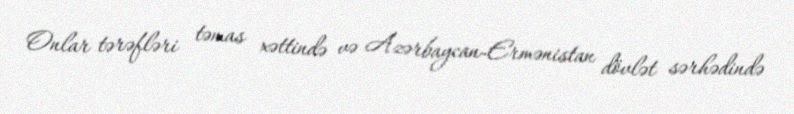
Onlar tərəfləri təmas xəttində və Azərbaycan-Ermənistan dövlət sərhədində